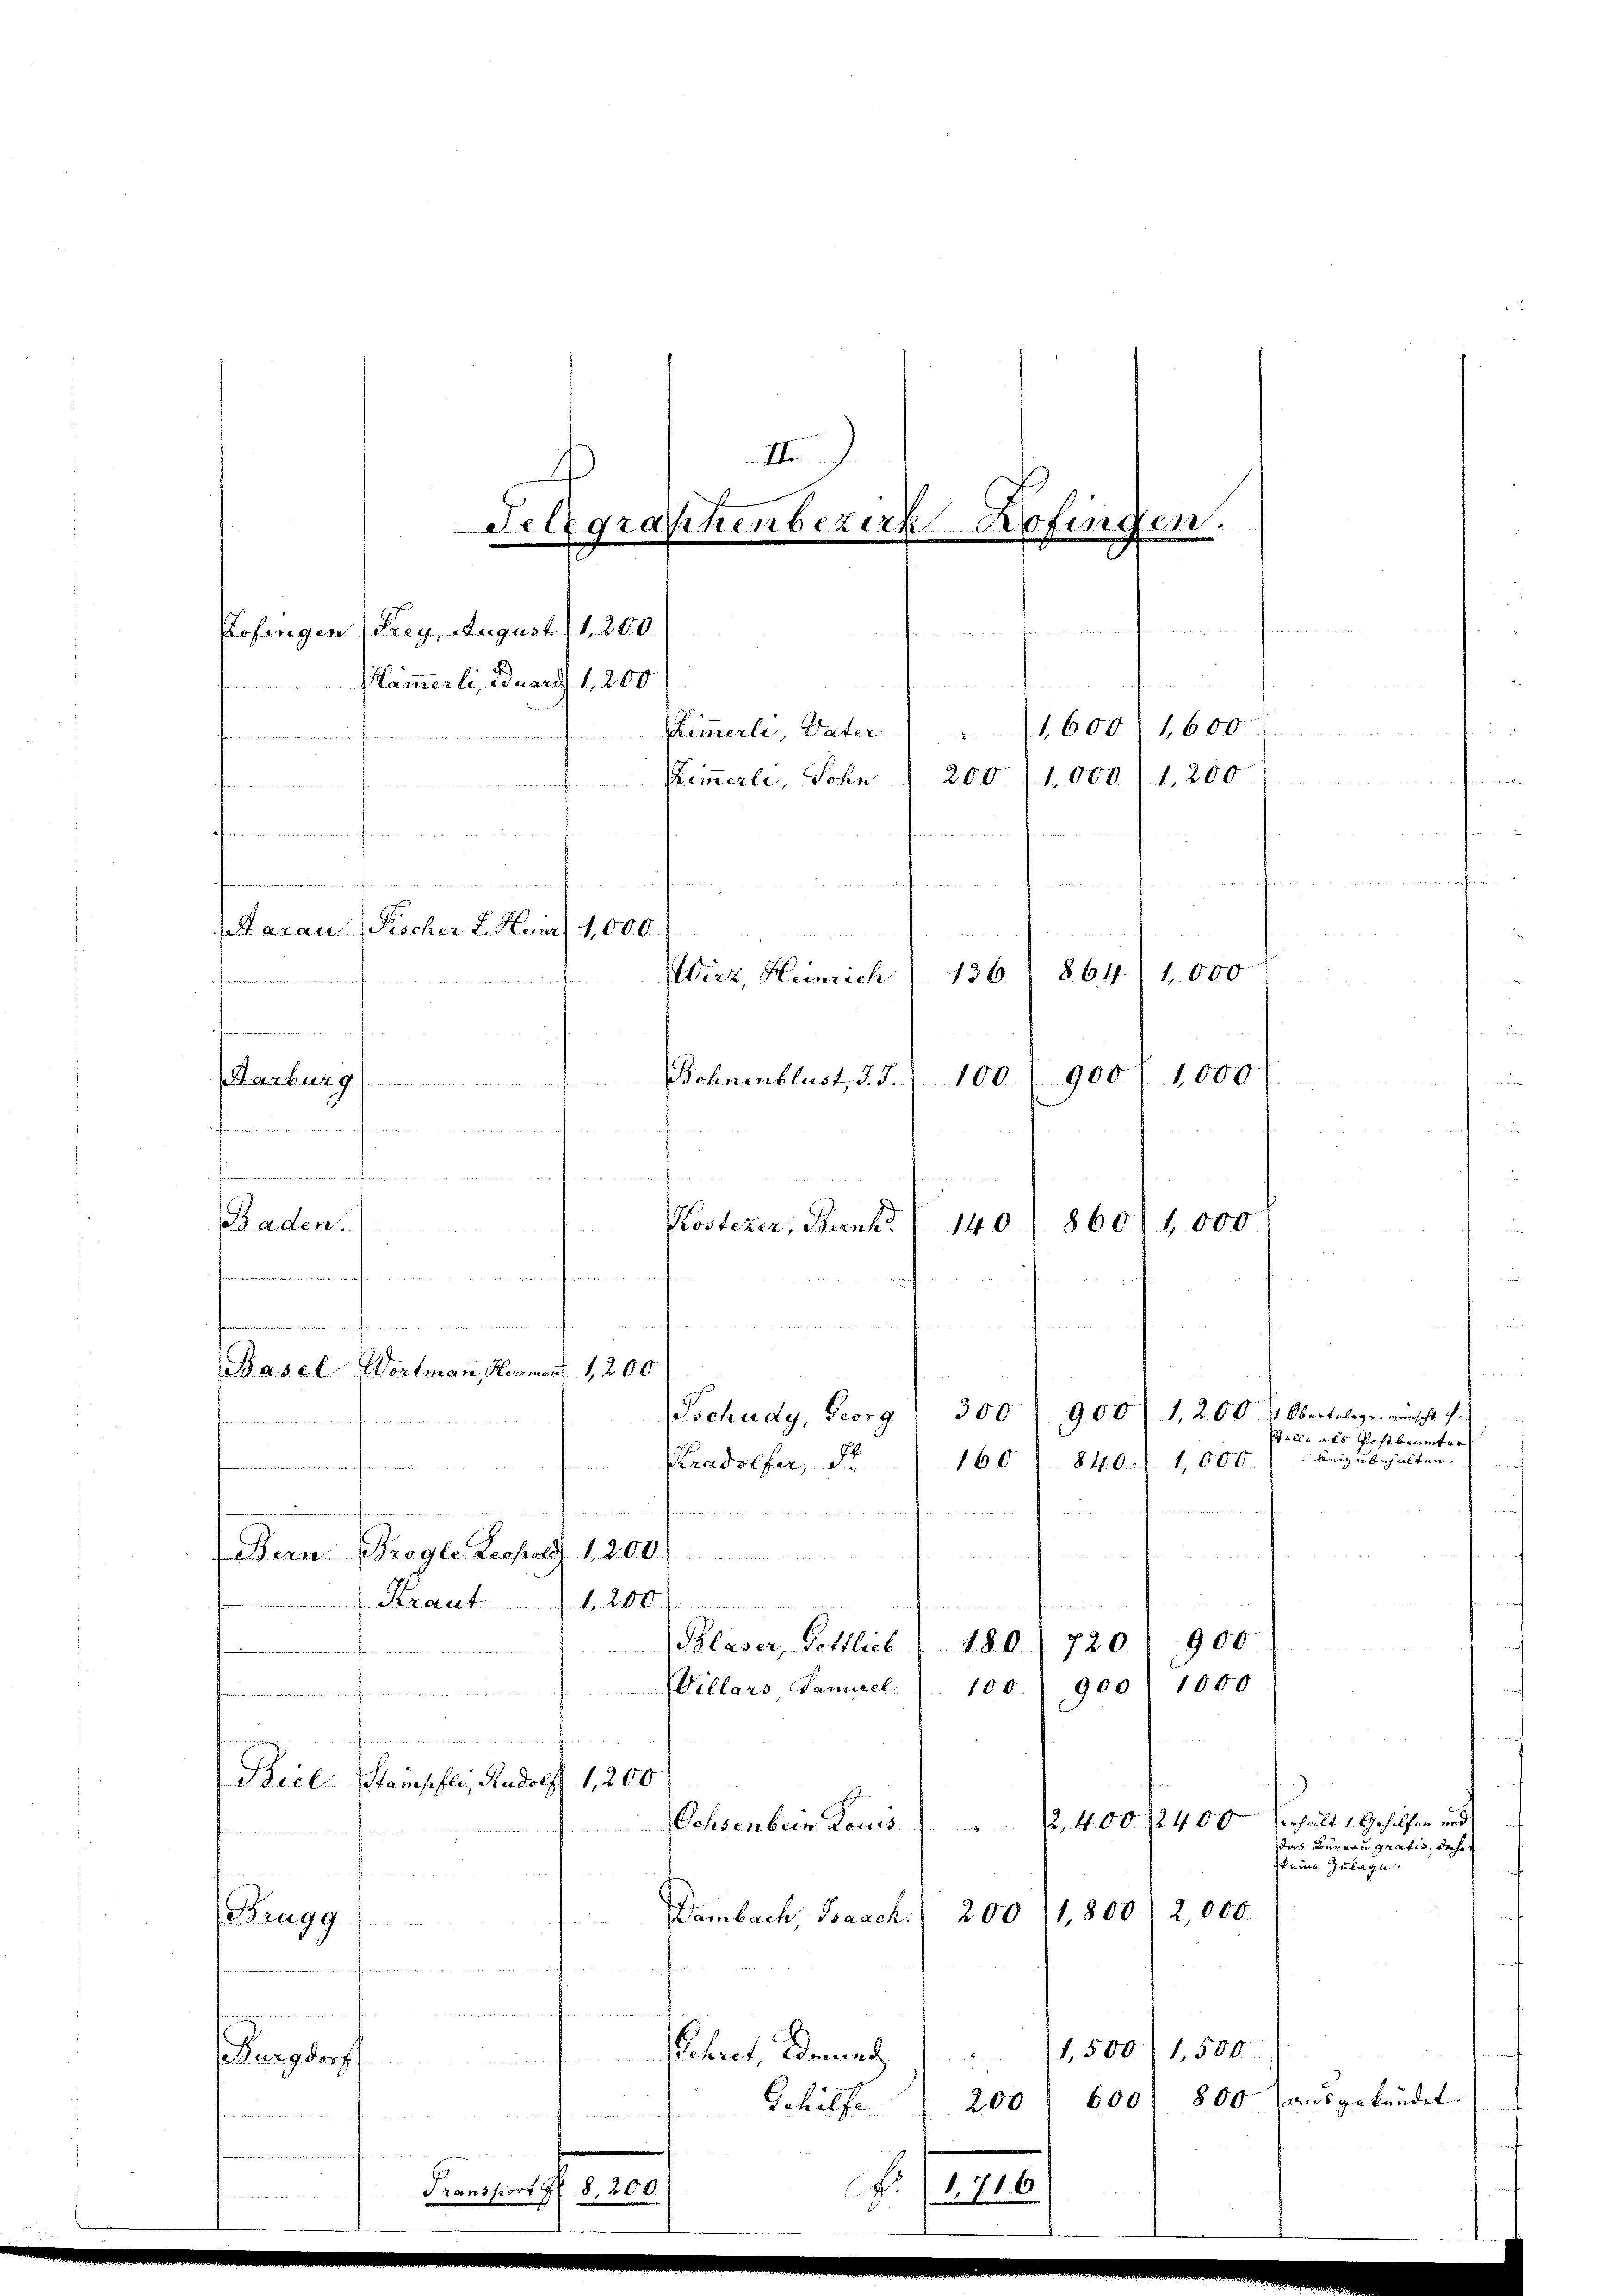
III
Telegraphenbezirk Hofingen.
d
Plämmerli, Eduard 1, 200
1,600 1,600
Zimmerli, Vater

Kimmerli, Sohn " 200/1,000) 1,200
f
u
 e f g
e
Aarau Pischer F. Hein) 1,000
§ 617
1.000
136
Wirz, Heinrich
,
d
900
1,000
100.
Behnenblust, d. J.
Harburg
fenen
u

Zofingen (Frey, August 11,200.

Kostezer, Barnk
860
1,000
140
u
d
Basel Wortmann, Hermann 1,200
300
908
Tschudy, Georg
840. 11,000.
160
Kradolfer, d

Baden.
e richten

e
Bern Brogle Leopold 1, 200.
Kraut
1,200.
u
Blaser, Gottlich (180) 720) 900
100900) 1000
Villars Ganzel
.
Biel Samschli, Rudolff 1,200
2,400 2400
Ochsenbein Louis

2,000.
1,800
200
Dambach Baach.
Brugg
.
1,500/1,500
Schret demnach
.
Burgdorf
200) 600) 800 aŭsgekündet.
Schilfe
d

n

1,200 l Obertelege. wünscht i
Stelle als Postbranter
beizubehalten.

Verhält 1. Geholfen und
das Büreau gratis, daher
keine Zulage.